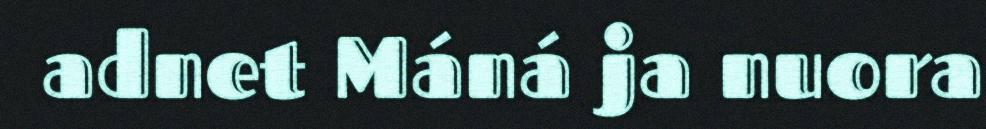
adnet Máná ja nuora